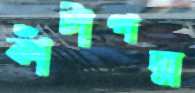
কাঁটাপদ্ম